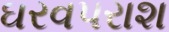
ઘરવપરાશ